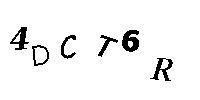
4DCT6R